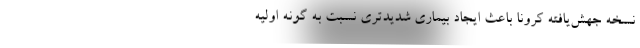
نسخه جهش‌یافته کرونا باعث ایجاد بیماری شدیدتری نسبت به گونه اولیه